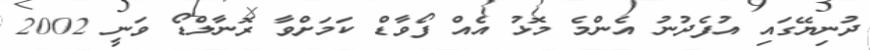
ދުނިޔޭގައި އުފެދުނު އެންމެ މޮޅު އެއް ފޯވާޑް ކަމަށްވާ ރޮނާލްޑޯ ވަނީ 2002